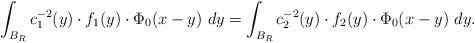
LaTeX: \begin{align*}\int_{B_R} c_1^{-2}(y)\cdot f_1(y)\cdot\Phi_0(x-y)\ dy=\int_{B_R} c_2^{-2}(y)\cdot f_2(y)\cdot\Phi_0(x-y)\ dy. \end{align*}